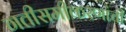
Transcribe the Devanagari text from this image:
गतीसमीकरणांची